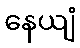
နေယျံ